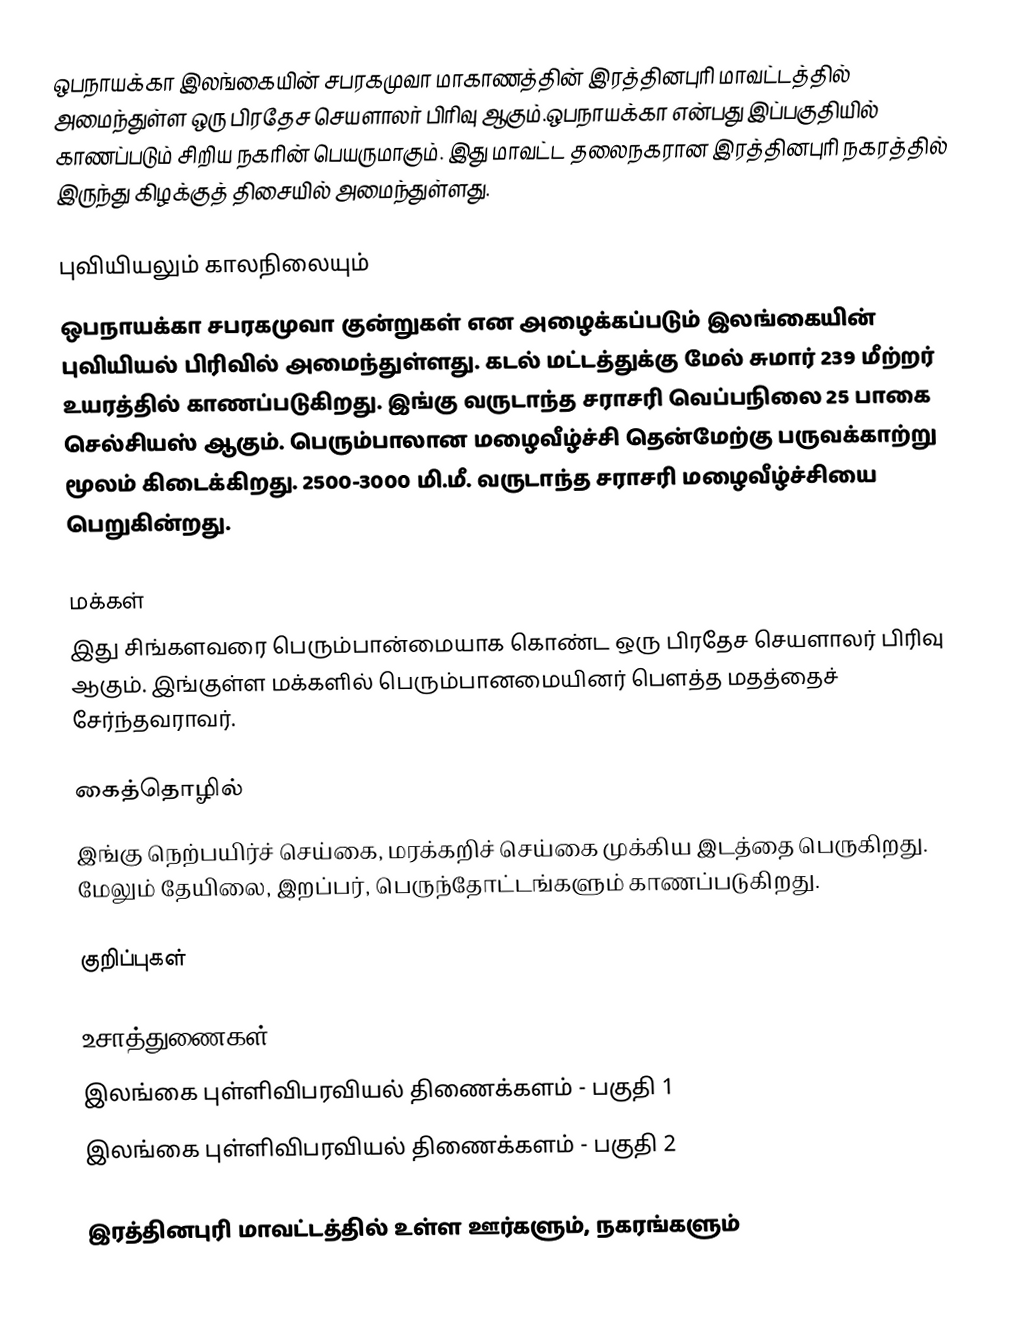
ஒபநாயக்கா இலங்கையின் சபரகமுவா மாகாணத்தின் இரத்தினபுரி மாவட்டத்தில் அமைந்துள்ள ஒரு பிரதேச செயளாலர் பிரிவு ஆகும்.ஒபநாயக்கா என்பது இப்பகுதியில் காணப்படும்  சிறிய நகரின் பெயருமாகும். இது மாவட்ட தலைநகரான இரத்தினபுரி நகரத்தில் இருந்து  கிழக்குத் திசையில்  அமைந்துள்ளது.

புவியியலும் காலநிலையும்
ஒபநாயக்கா  சபரகமுவா குன்றுகள் என அழைக்கப்படும்  இலங்கையின் புவியியல் பிரிவில் அமைந்துள்ளது. கடல் மட்டத்துக்கு மேல் சுமார் 239 மீற்றர்  உயரத்தில் காணப்படுகிறது. இங்கு வருடாந்த சராசரி வெப்பநிலை 25 பாகை செல்சியஸ் ஆகும். பெரும்பாலான மழைவீழ்ச்சி தென்மேற்கு பருவக்காற்று மூலம் கிடைக்கிறது. 2500-3000 மி.மீ. வருடாந்த சராசரி மழைவீழ்ச்சியை பெறுகின்றது.

மக்கள்
இது சிங்களவரை பெரும்பான்மையாக கொண்ட ஒரு பிரதேச செயளாலர் பிரிவு ஆகும். இங்குள்ள மக்களில் பெரும்பானமையினர் பௌத்த மதத்தைச் சேர்ந்தவராவர்.

கைத்தொழில்
இங்கு நெற்பயிர்ச் செய்கை, மரக்கறிச் செய்கை முக்கிய இடத்தை பெருகிறது. மேலும் தேயிலை, இறப்பர், பெருந்தோட்டங்களும் காணப்படுகிறது.

குறிப்புகள்

உசாத்துணைகள்
 இலங்கை புள்ளிவிபரவியல் திணைக்களம் - பகுதி 1
 இலங்கை புள்ளிவிபரவியல் திணைக்களம் - பகுதி 2

இரத்தினபுரி மாவட்டத்தில் உள்ள ஊர்களும், நகரங்களும்